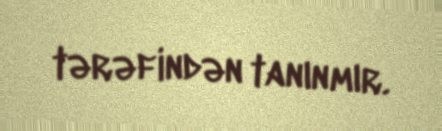
tərəfindən tanınmır.